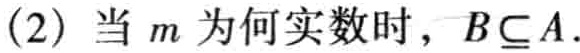
(2) 当 \(m\) 为何实数时，\(B\subseteq A\).